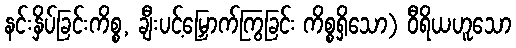
နင်းနှိပ်ခြင်းကိစ္စ, ချီးပင့်မြှောက်ကြွခြင်း ကိစ္စရှိသော) ဝီရိယဟူသော